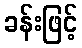
ခန်းဖြင့်